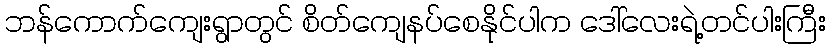
ဘန်ကောက်ကျေးရွာတွင် စိတ်ကျေနပ်စေနိုင်ပါက ဒေါ်လေးရဲ့တင်ပါးကြီး